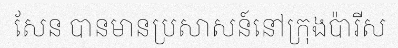
សែន បានមានប្រសាសន៍នៅក្រុងប៉ារីស